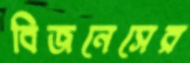
বিজনেসের